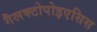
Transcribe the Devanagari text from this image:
गैलक्टोपोइएसिस